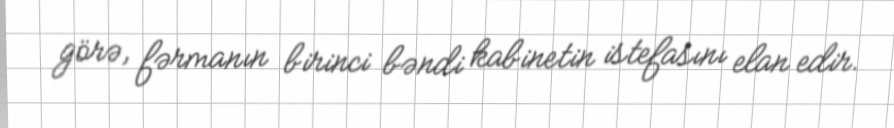
görə, fərmanın birinci bəndi kabinetin istefasını elan edir.